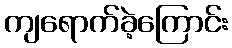
ကျရောက်ခဲ့ကြောင်း